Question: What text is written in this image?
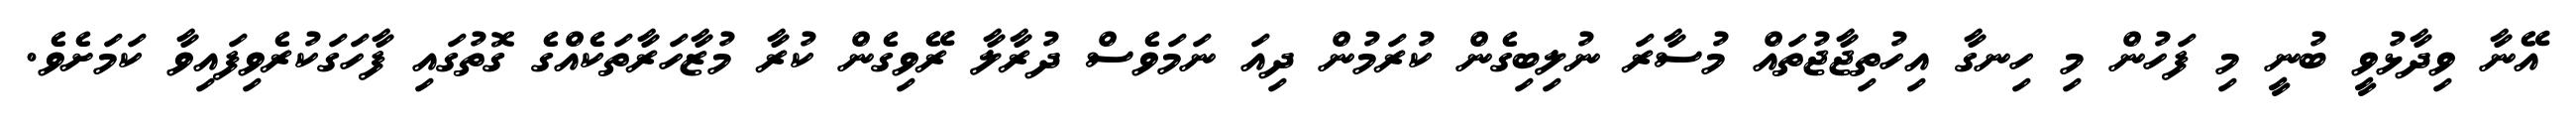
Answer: އޭނާ ވިދާޅުވީ ބުނީ މި ފަހުން މި ހިނގާ އިހުތިޖާޖުތައް މުސާރަ ނުލިބިގެން ކުރަމުން ދިއަ ނަމަވެސް ދުރާލާ ރޭވިގެން ކުރާ މުޒާހަރާތަކެއްގެ ގޮތުގައި ފާހަގަކުރެވިފައިވާ ކަމަށެވެ.